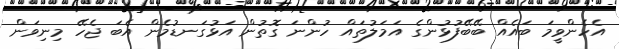
އެހެންވީމަ ބައެއް ބޭބޭފުޅުންގެ އަމަލުތައް ހުންނަ ގޮތުން އަޅުގަނޑުމެން އެބަ ޖެހޭ މިނިވަން